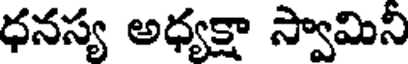
ధనస్య అధ్యక్షా స్వామిని